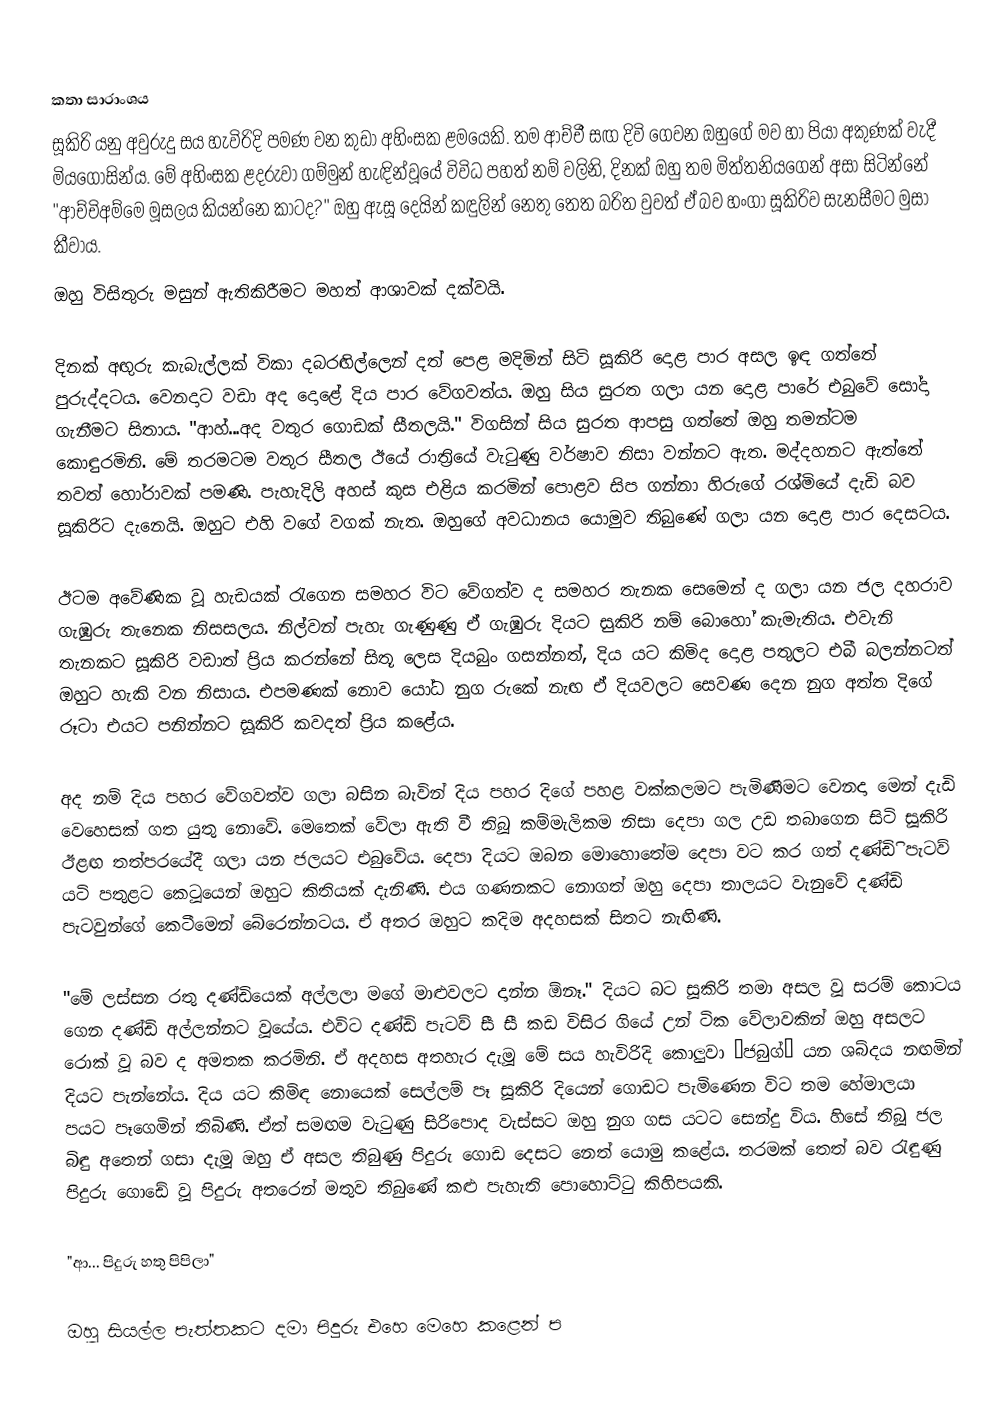

කතා සාරාංශය
සූකිරි යනු අවුරුදු සය හැවිරිදි පමණ වන කුඩා අහිංසක ළමයෙකි. තම ආච්චී සඟ දිවි ගෙවන ඔහුගේ මව හා පියා අකුණක් වැදී මියගොසින්ය. මේ අහිංසක ළදරුවා ගම්මුන් හැඳින්වූයේ විවිධ පහත් නම් වලිනි, දිනක් ඔහු තම මිත්තනියගෙන් අසා සිටින්නේ "ආච්චිඅම්මෙ මූසලය කියන්නෙ කාටද?" ඔහු ඇසූ දෙයින් කඳුලින් නෙතු තෙත බරිත වුවත් ඒ බව හංගා සූකිරිව සැනසීමට මුසා කීවාය.
ඔහු විසිතුරු මසුන් ඇතිකිරීමට මහත් ආශාවක් දක්වයි.

දිනක් අඟුරු කැබැල්ලක් විකා දබරඟිල්ලෙන් දත් පෙළ මදිමින් සිටි සූකිරි දොළ පාර අසල ඉඳ ගත්තේ පුරුද්දටය. වෙනදාට වඩා අද දොළේ දිය පාර වේගවත්ය. ඔහු සිය සුරත ගලා යන දොළ පාරේ එබුවේ සෝදා ගැනීමට සිතාය. "ආහ්...අද වතුර ගොඩක් සීතලයි." විගසින් සිය සුරත ආපසු ගත්තේ ඔහු තමන්ටම කොඳුරමිනි. මේ තරමටම වතුර සීතල ඊයේ රාත්‍රියේ වැටුණු වර්ෂාව නිසා වන්නට ඇත. මද්දහනට ඇත්තේ තවත් හෝරාවක් පමණි. පැහැදිලි අහස් කුස එළිය කරමින් පොළව සිප ගන්නා හිරුගේ රශ්මියේ දැඩි බව සූකිරිට දැනෙයි. ඔහුට එහි වගේ වගක් නැත. ඔහුගේ අවධානය යොමුව තිබුණේ ගලා යන දොළ පාර දෙසටය.

ඊටම අවේණික වූ හැඩයක් රැගෙන සමහර විට වේගත්ව ද සමහර තැනක සෙමෙන් ද ගලා යන ජල දහරාව ගැඹුරු තැනෙක නිසසලය. නිල්වන් පැහැ ගැණුණු ඒ ගැඹුරු දියට සුකිරි නම් බොහෝ කැමැතිය. එවැනි තැනකට සූකිරි වඩාත් ප්‍රිය කරන්නේ සිතූ ලෙස දියබුං ගසන්නත්, දිය යට කිමිද දොළ පතුලට එබී බලන්නටත් ඔහුට හැකි වන නිසාය. එපමණක් නොව යෝධ නුග රුකේ නැඟ ඒ දියවලට සෙවණ දෙන නුග අත්ත දිගේ රූටා එයට පනින්නට සූකිරි කවදත් ප්‍රිය කළේය.

අද නම් දිය පහර වේගවත්ව ගලා බසින බැවින් දිය පහර දිගේ පහළ වක්කලමට පැමිණීමට වෙනදා මෙන් දැඩි වෙහෙසක් ගත යුතු නොවේ.  මෙතෙක් වේලා ඇති වී තිබූ කම්මැලිකම නිසා දෙපා ගල උඩ තබාගෙන සිටි සූකිරි ඊළඟ තත්පරයේදී ගලා යන ජලයට එබුවේය. දෙපා දියට ඔබන මොහොතේම දෙපා වට කර ගත් දණ්ඩිි පැටව් යටි පතුළට කෙටූයෙන් ඔහුට කිතියක් දැනිණි. එය ගණනකට නොගත් ඔහු දෙපා තාලයට වැනුවේ දණ්ඩි පැටවුන්ගේ කෙටීමෙන් බේරෙන්නටය. ඒ අතර ඔහුට කදිම අදහසක් සිතට නැඟිණි.

"මේ ලස්සන රතු දණ්ඩියෙක් අල්ලලා මගේ මාළුවලට දාන්න ඕනෑ." දියට බට සූකිරි තමා අසල වූ සරම් කොටය ගෙන දණ්ඩි අල්ලන්නට වූයේය. එවිට දණ්ඩි පැටව් සී සී කඩ විසිර ගියේ උන් ටික වේලාවකින් ඔහු අසලට රොක් වූ බව ද අමතක කරමිනි. ඒ අදහස අතහැර දැමූ මේ සය හැවිරිදි කොලුවා ‘ජබුග්’ යන ශබ්දය නඟමින් දියට පැන්නේය. දිය යට කිමිඳ නොයෙක් සෙල්ලම් පෑ සූකිරි දියෙන් ගොඩට පැමිණෙන විට තම හේමාලයා පයට පෑගෙමින් තිබිණි. ඒත් සමඟම වැටුණු සිරිපොද වැස්සට ඔහු නුග ගස යටට සෙන්දු විය. හිසේ තිබූ ජල බිඳු අතෙන් ගසා දැමූ ඔහු ඒ අසල තිබුණු පිදුරු ගොඩ දෙසට නෙත් යොමු කළේය. තරමක් තෙත් බව රැඳුණු පිදුරු ගොඩේ වූ පිදුරු අතරෙන් මතුව තිබුණේ කළු පැහැති පොහොට්ටු කිහිපයකි.

"ආ... පිදුරු හතු පිපිලා"

ඔහු සියල්ල පැත්තකට දමා පිදුරු එහෙ මෙහෙ කළෙන් ප